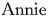
Annie